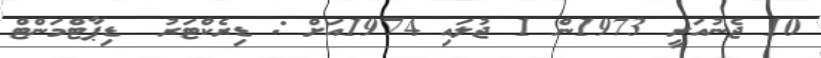
10 ޖެނުއަރީ 1973ން 1 ޖުލައި 1974އަށް : ޑިރެކްޓަރު  ޑިޕާޓްމަންޓް